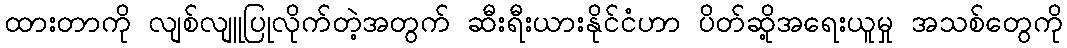
ထားတာကို လျစ်လျူပြုလိုက်တဲ့အတွက် ဆီးရီးယားနိုင်ငံဟာ ပိတ်ဆို့အရေးယူမှု အသစ်တွေကို